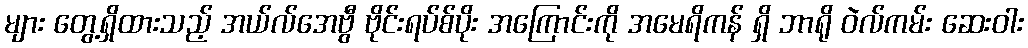
များ တွေ့ရှိထားသည့် အယ်လ်အေဗွီ ဗိုင်းရပ်စ်ပိုး အကြောင်းကို အမေရိကန် ရှိ ဘာရို ဝဲလ်ကမ်း ဆေးဝါး